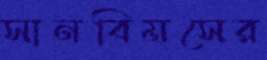
সানবিমসের